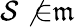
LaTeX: \mathcal{S}\not{\in}{\mathfrak{{m}}}